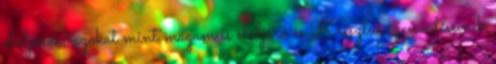
elöljárók, azokat mint magam is elöljáró és Krisztus szenvedéseinek